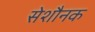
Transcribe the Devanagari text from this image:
सेशौनक